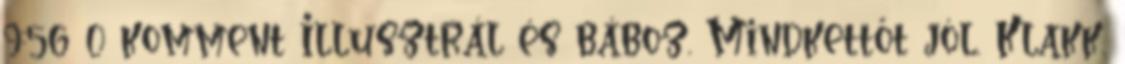
9:56 0 komment Illusztrál és báboz. Mindkettőt jól. Klakk.